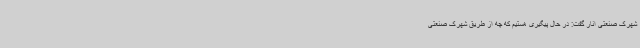
شهرک صنعتی انار گفت: در حال پیگیری هستیم که چه از طریق شهرک صنعتی